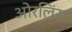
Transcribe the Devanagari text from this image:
ओरलिंस